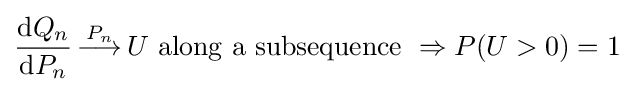
{\frac {\mathrm {d} Q_{n}}{\mathrm {d} P_{n}}}{\overset {P_{n}}{\,\longrightarrow \,}}U{\text{ along a subsequence }}\Rightarrow P(U>0)=1